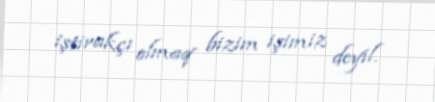
iştirakçı olmaq bizim işimiz deyil.